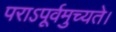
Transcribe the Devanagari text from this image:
पराऽपूर्वमुच्यते।